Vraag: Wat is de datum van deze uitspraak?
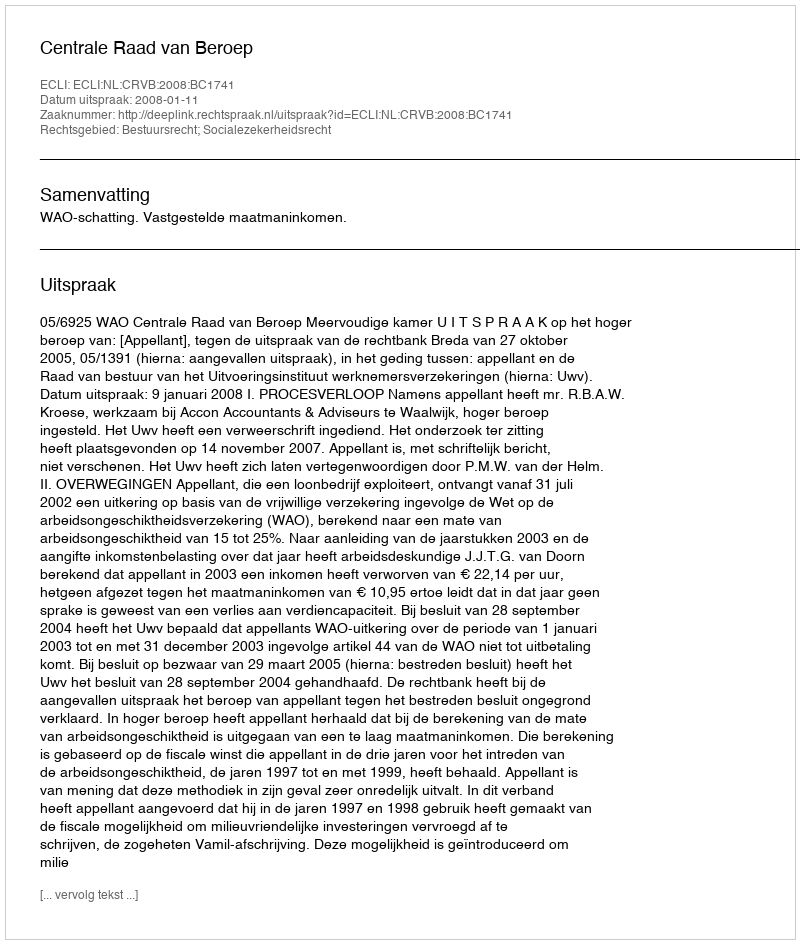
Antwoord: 2008-01-11